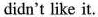
didn't like it.